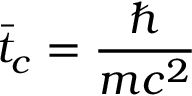
\bar { t } _ { c } = \frac { \hbar } { m c ^ { 2 } }